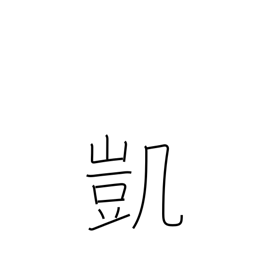
Meaning: victory song